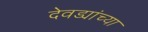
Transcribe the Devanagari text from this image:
देवड्यांच्या